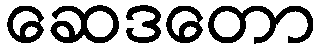
ဆေဒတော